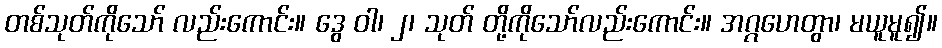
တစ်သုတ်ကိုသော် လည်းကောင်း။ ဒွေ ဝါ၊ ၂၊ သုတ် တို့ကိုသော်လည်းကောင်း။ အဂ္ဂဟေတွာ၊ မယူမူ၍။